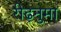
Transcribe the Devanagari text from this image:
रीढ़नुमा